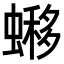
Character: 𧐹